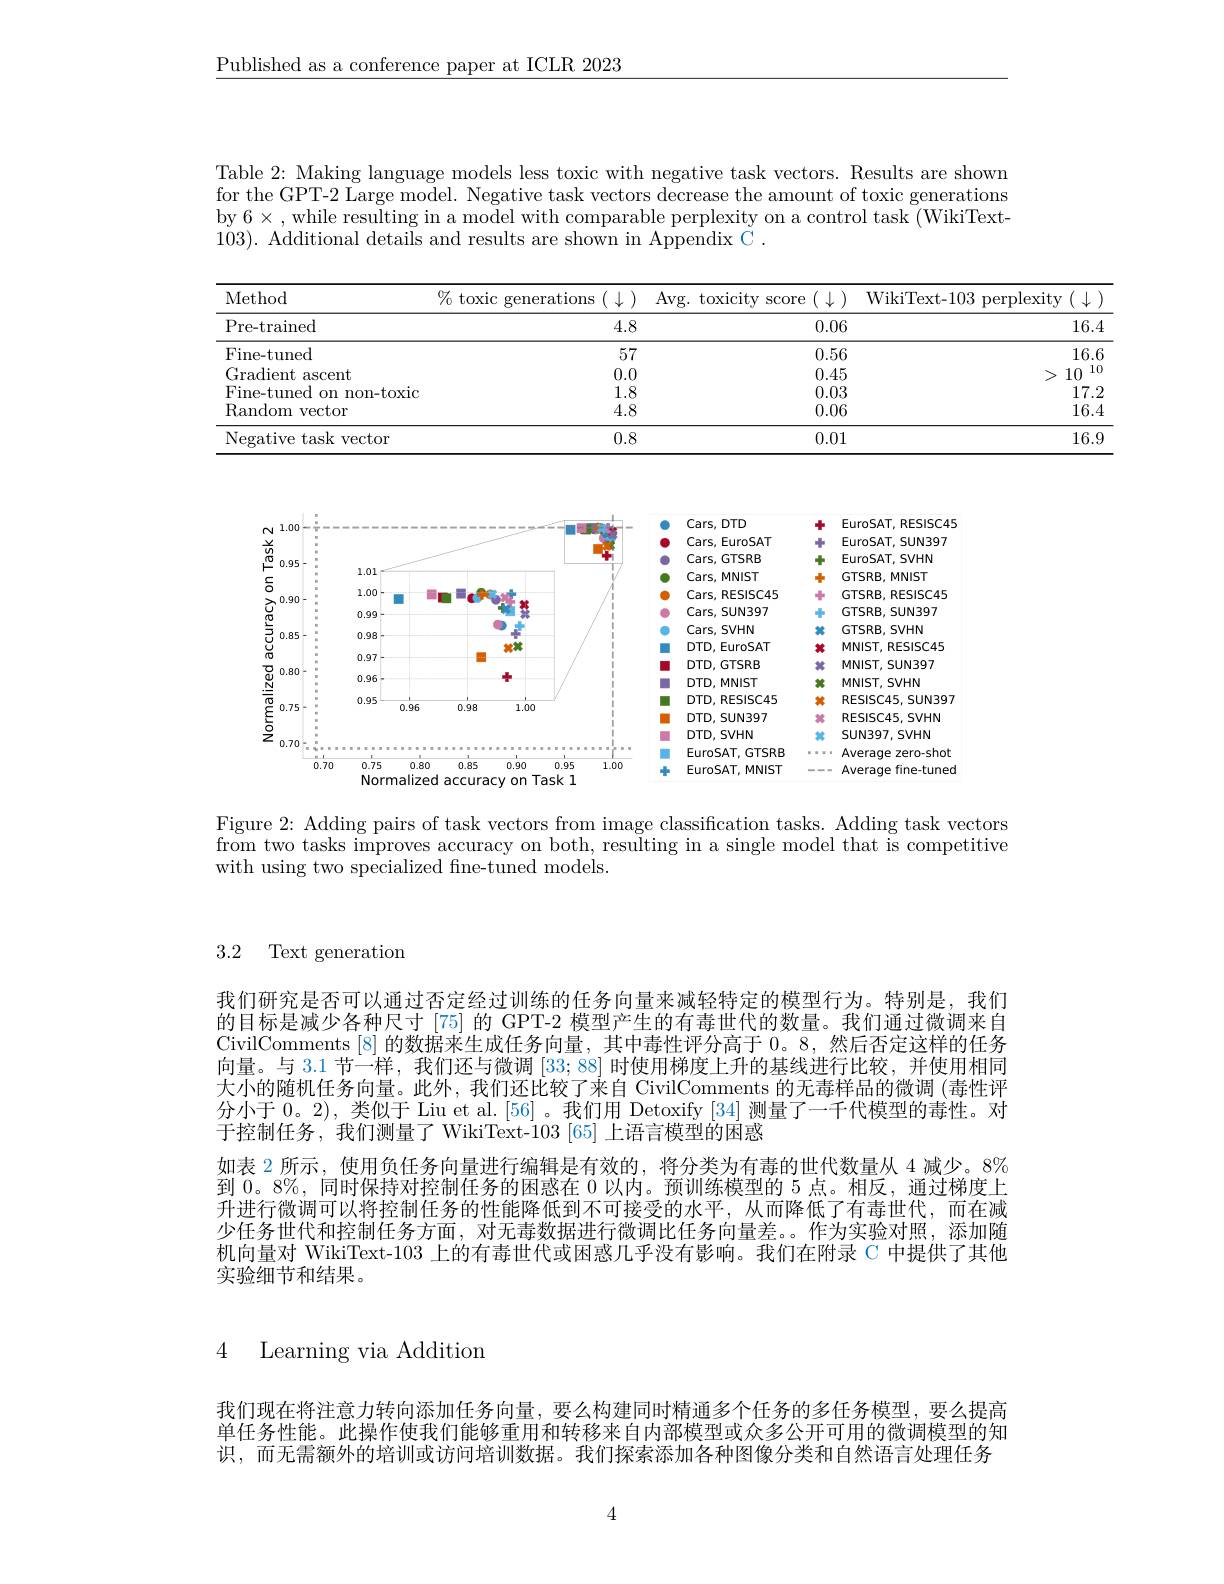
$\underline{\text{Published as a conference paper at ICLR 2023}}$

Table 2: Making language models less toxic with negative task vectors. Results are shown for the GPT-2 Large model. Negative task vectors decrease the amount of toxic generations by $6\times$,while resulting in a model with comparable perplexity on a control task (WikiText-) 103). Additional details and results are shown in Appendix C .

<table>
	<tbody>
		<tr>
			<th>Method $\%$ toxic ge</th>
			<th>Avg. toxicity $\operatorname{SCOre}$ $(\downarrow$</th>
			<th>WikiText- 103 p perplexity</th>
		</tr>
		<tr>
			<td>Pre- trained</td>
			<td>0.06</td>
			<td>1</td>
		</tr>
		<tr>
			<td>Fine-tuned</td>
			<td>0.56</td>
			<td>1</td>
		</tr>
		<tr>
			<td>Gradient ascent</td>
			<td>0.45</td>
			<td>10</td>
		</tr>
		<tr>
			<td>Fine-tuned on non-toxic</td>
			<td>0.03</td>
			<td>1</td>
		</tr>
		<tr>
			<td>Random vector</td>
			<td>0.06</td>
			<td>1</td>
		</tr>
		<tr>
			<td>Negative task vector</td>
			<td>0.01</td>
			<td>1</td>
		</tr>
	</tbody>
</table>

<FigureHere>

Figure 2: Adding pairs of task vectors from image classification tasks. Adding task vectors from two tasks improves accuracy on both, resulting in a single model that is competitive with using two specialized fine-tuned models.

3.2 Text generation

我们研究是否可以通过否定经过训练的任务向量来减轻特定的模型行为。特别是，我们的目标是减少各种尺寸[75] 的 GPT-2 模型产生的有毒世代的数量。我们通过微调来自CivilComments [8] 的数据来生成任务向量，其中毒性评分高于0。8,然后否定这样的任务向量。与 3.1 节一样，我们还与微调[33;88]时使用梯度上升的基线进行比较，并使用相同大小的随机任务向量。此外，我们还比较了来自 CivilComments 的无毒样品的微调 (毒性评分小于0。2),类似于 Liu et al.[56]。我们用 Detoxify [34] 测量了一千代模型的毒性。对于控制任务，我们测量了 WikiText-103 [65] 上语言模型的困惑
如表 2 所示，使用负任务向量进行编辑是有效的，将分类为有毒的世代数量从 4 减少。8% 到0。8%, 同时保持对控制任务的困惑在0以内。预训练模型的 5 点。相反，通过梯度上升进行微调可以将控制任务的性能降低到不可接受的水平，从而降低了有毒世代，而在减少任务世代和控制任务方面，对无毒数据进行微调比任务向量差。作为实验对照，添加随机向量对 WikiText-103 上的有毒世代或困惑几乎没有影响。我们在附录 C 中提供了其他实验细节和结果。

4 Learning via Addition

我们现在将注意力转向添加任务向量，要么构建同时精通多个任务的多任务模型，要么提高单任务性能。此操作使我们能够重用和转移来自内部模型或众多公开可用的微调模型的知识，而无需额外的培训或访问培训数据。我们探索添加各种图像分类和自然语言处理任务

4